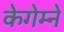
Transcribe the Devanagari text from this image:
केगेम्ने